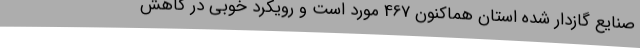
صنایع گازدار شده استان هماکنون 467 مورد است و رویکرد خوبی در کاهش